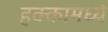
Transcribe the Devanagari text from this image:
हक्कामध्ये